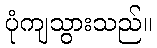
ပုံကျသွားသည်။